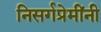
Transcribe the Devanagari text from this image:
निसर्गप्रेमींनी